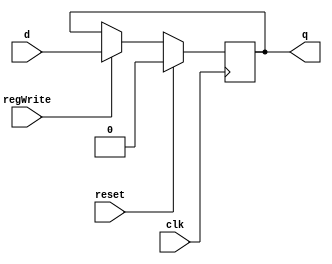
module D_ff_Halt( 
	input clk, 
	input reset, 
	input regWrite,  
	input d, 
	output reg q);
	
	always @ (negedge clk)
		begin
			if(reset==1)
				q=0;
			else
				if(regWrite == 1)
					begin
						q=d;
					end
		end
endmodule

module register4bit( 
	input clk, 
	input reset, 
	input regWrite, 
	input [3:0] writeData,
	output [3:0] RegOut );
	
	D_ff_Halt d_ffh0(clk, reset, regWrite, writeData[0], RegOut[0]);
	D_ff_Halt d_ffh1(clk, reset, regWrite, writeData[1], RegOut[1]);
	D_ff_Halt d_ffh2(clk, reset, regWrite, writeData[2], RegOut[2]);
	D_ff_Halt d_ffh3(clk, reset, regWrite, writeData[3], RegOut[3]);
	
endmodule

module halt_tag_array(
	input clk, 
	input reset, 
	input [7:0] write_enable,  
	input [3:0] halt_tag_in,
	output[3:0] halt_tag_out0, halt_tag_out1, halt_tag_out2, halt_tag_out3, halt_tag_out4, halt_tag_out5, halt_tag_out6, halt_tag_out7
 	);
	
	register4bit R0(clk, reset, write_enable[0], halt_tag_in, halt_tag_out0 );
	register4bit R1(clk, reset, write_enable[1], halt_tag_in, halt_tag_out1 );
	register4bit R2(clk, reset, write_enable[2], halt_tag_in, halt_tag_out2 );
	register4bit R3(clk, reset, write_enable[3], halt_tag_in, halt_tag_out3 );
	register4bit R4(clk, reset, write_enable[4], halt_tag_in, halt_tag_out4 );
	register4bit R5(clk, reset, write_enable[5], halt_tag_in, halt_tag_out5 );
	register4bit R6(clk, reset, write_enable[6], halt_tag_in, halt_tag_out6 );
	register4bit R7(clk, reset, write_enable[7], halt_tag_in, halt_tag_out7 );
	
endmodule

module comparator4bit(input [3:0] in1, input [3:0] in2,output reg compOut);
  
  always@(in1, in2) 
    begin
      if(in1 == in2)  compOut = 1 ; 
      
      else            compOut = 0 ;        
    end
    
endmodule

module mux8to1_1bit(input in1, in2, in3, in4, in5, in6, in7, in8, input [2:0] sel, output reg muxOut );
  always@(in1, in2, in3, in4, in5, in6, in7, in8, sel)
    begin
      case(sel)
        3'b000 : muxOut = in1 ;
        3'b001 : muxOut = in2 ;
        3'b010 : muxOut = in3 ;
        3'b011 : muxOut = in4 ;
        3'b100 : muxOut = in5 ;
        3'b101 : muxOut = in6 ;
        3'b110 : muxOut = in7 ;
        3'b111 : muxOut = in8 ;
      endcase  
    end  
endmodule


module way_halting(input clk, 
                   input reset,
                   input[7:0] we,
                   input[3:0] halt_tag_write,  
                   input[3:0] tag, 
                   output halt_flag0, halt_flag1, halt_flag2, halt_flag3, halt_flag4, halt_flag5, halt_flag6, halt_flag7
                   );
                  
  wire[3:0] halt_regOut0, halt_regOut1, halt_regOut2, halt_regOut3, halt_regOut4, 
            halt_regOut5, halt_regOut6, halt_regOut7; 
  
  halt_tag_array array_halt(clk, reset, we, halt_tag_write, halt_regOut0, halt_regOut1, halt_regOut2, halt_regOut3, 
                              halt_regOut4, halt_regOut5, halt_regOut6, halt_regOut7);
                              
  comparator4bit comp1(tag, halt_regOut0, halt_flag0);
  comparator4bit comp2(tag, halt_regOut1, halt_flag1);
  comparator4bit comp3(tag, halt_regOut2, halt_flag2);
  comparator4bit comp4(tag, halt_regOut3, halt_flag3);
  comparator4bit comp5(tag, halt_regOut4, halt_flag4);
  comparator4bit comp6(tag, halt_regOut5, halt_flag5);
  comparator4bit comp7(tag, halt_regOut6, halt_flag6);
  comparator4bit comp8(tag, halt_regOut7, halt_flag7);
  
  
endmodule